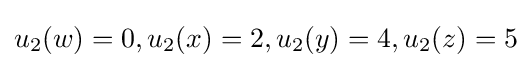
u_{2}(w)=0,u_{2}(x)=2,u_{2}(y)=4,u_{2}(z)=5